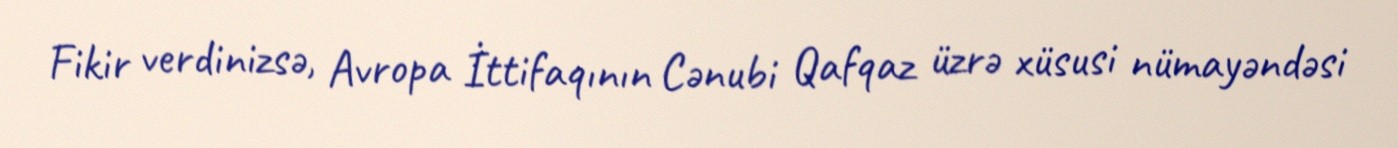
Fikir verdinizsə, Avropa İttifaqının Cənubi Qafqaz üzrə xüsusi nümayəndəsi